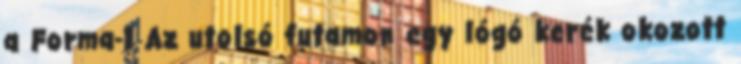
a Forma-1 Az utolsó futamon egy lógó kerék okozott